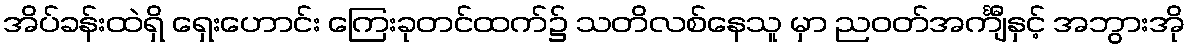
အိပ်ခန်းထဲရှိ ရှေးဟောင်း ကြေးခုတင်ထက်၌ သတိလစ်နေသူ မှာ ညဝတ်အင်္ကျီနှင့် အဘွားအို